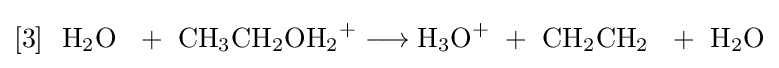
{[3]~\ \mathrm {H} {\vphantom {A}}_{\smash[{t}]{2}}\mathrm {O} ~\ {}+{}\ \mathrm {CH} {\vphantom {A}}_{\smash[{t}]{3}}\mathrm {CH} {\vphantom {A}}_{\smash[{t}]{2}}\mathrm {OH} {\vphantom {A}}_{\smash[{t}]{2}}{\vphantom {A}}^{+}{}\mathrel {\longrightarrow } {}\mathrm {H} {\vphantom {A}}_{\smash[{t}]{3}}\mathrm {O} {\vphantom {A}}^{+}\ {}+{}\ \mathrm {CH} {\vphantom {A}}_{\smash[{t}]{2}}\mathrm {CH} {\vphantom {A}}_{\smash[{t}]{2}}~\ {}+{}\ \mathrm {H} {\vphantom {A}}_{\smash[{t}]{2}}\mathrm {O} }